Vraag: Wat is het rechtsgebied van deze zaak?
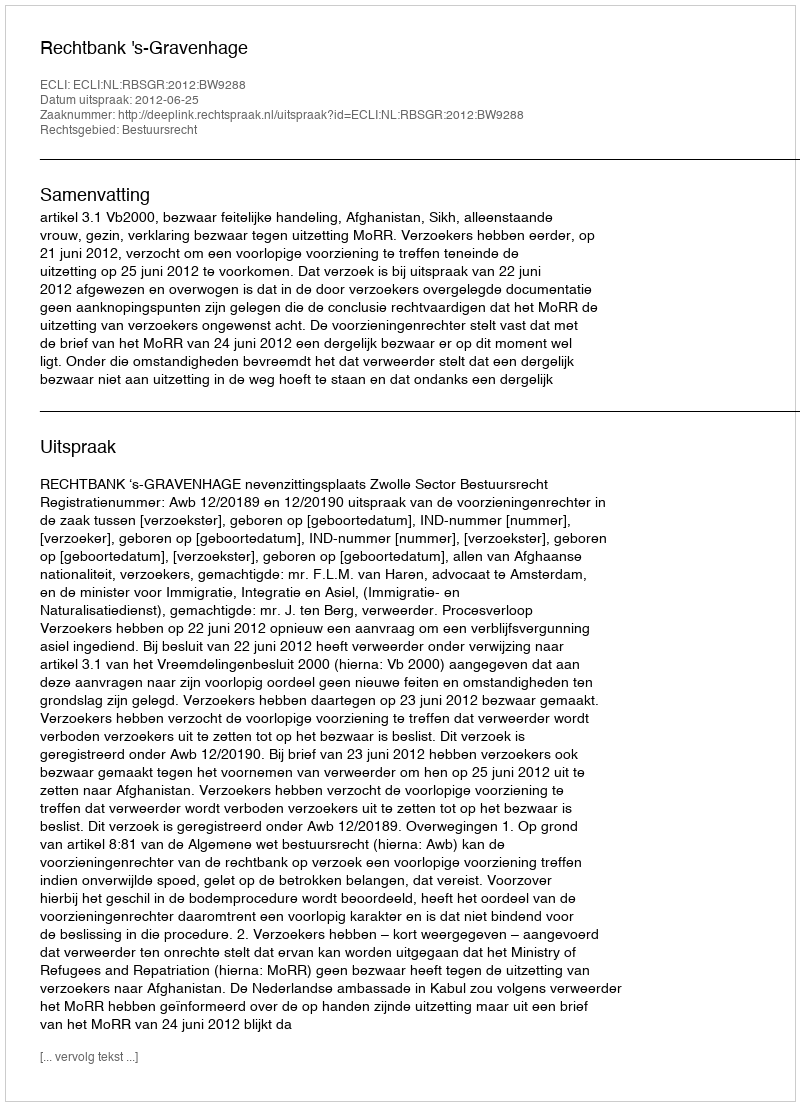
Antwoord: Bestuursrecht